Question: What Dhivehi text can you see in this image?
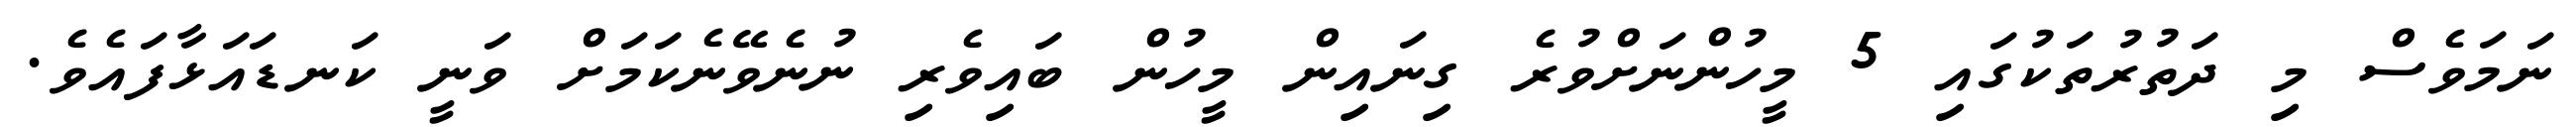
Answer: ނަމަވެސް މި ދަތުރުތަކުގައި 5 މީހުންނަށްވުރެ ގިނައިން މީހުން ބައިވެރި ނުނެވޭނެކަމަށް ވަނީ ކަނޑައަޅާފައެވެ.